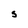
Character: S